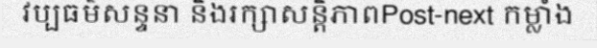
វប្បធម៌សន្ទនា និងរក្សាសន្តិភាពPost-next កម្លាំង